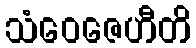
သံဝေဇေဟီတိ